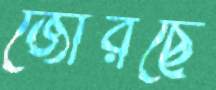
জোরছে